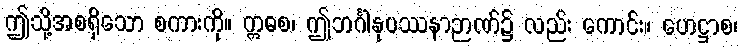
ဤသို့အစရှိသော စကားကို။ ဣဓစ၊ ဤဘင်္ဂါနုပဿနာဉာဏ်၌ လည်း ကောင်း။ ဟေဋ္ဌာစ၊